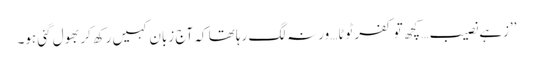
’’زہے نصیب… کچھ تو کفر ٹوٹا…ورنہ لگ رہا تھا کہ آج زبان کہیں رکھ کر بھول گئی ہو۔